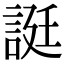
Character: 誔